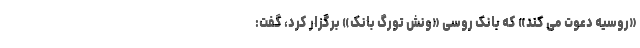
«روسیه دعوت می کند» که بانک روسی «ونش تورگ بانک» برگزار کرد، گفت: